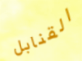
القنابل